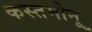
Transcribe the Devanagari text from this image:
कस्तमोनू